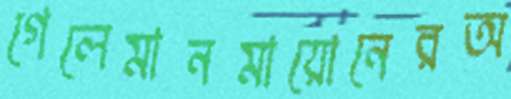
গেলেমানমায়োনেরঅ